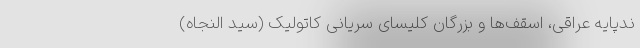
ندپایه عراقی، اسقف‌ها و بزرگان کلیسای سریانی کاتولیک (سید النجاه)